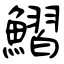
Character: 鰼